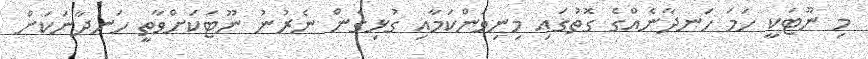
މި ނޫޓަކީ ހަމަ ހަނދާނެއްގެ ގޮތުގައި މިނިވަންކަމާއި ގުޅިގެން ނެރުނު ނޫޓަކަށްވާތީ ހަނދާނަކަށް